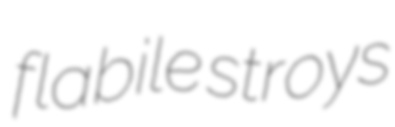
flabile stroys